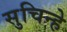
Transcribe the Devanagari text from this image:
सुचिन्हे